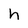
Character: h